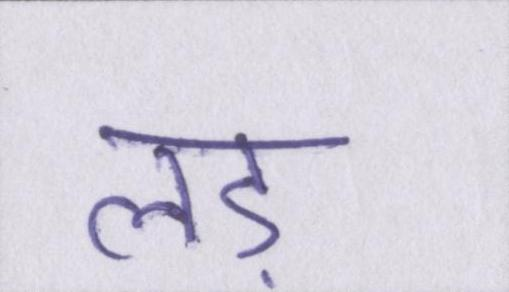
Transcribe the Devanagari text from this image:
लड़